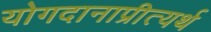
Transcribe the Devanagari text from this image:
योगदानाप्रीत्यर्थ